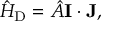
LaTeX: { \hat { H } } _ { \mathrm { D } } = { \hat { A } } \mathbf { I } \cdot \mathbf { J } ,